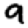
Digit: 9